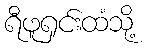
ရီဖူရှင်းထံသို့